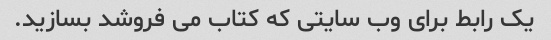
یک رابط برای وب سایتی که کتاب می فروشد بسازید.